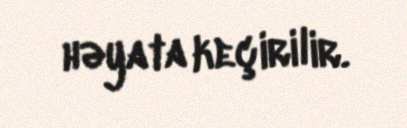
həyata keçirilir.